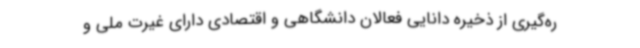
ره‌گیری از ذخیره دانایی فعالان دانشگاهی و اقتصادی دارای غیرت ملی و